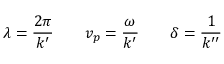
\lambda = { \frac { 2 \pi } { k ^ { \prime } } } \qquad v _ { p } = { \frac { \omega } { k ^ { \prime } } } \qquad \delta = { \frac { 1 } { k ^ { \prime \prime } } }